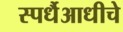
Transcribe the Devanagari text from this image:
स्पर्धैआधीचे